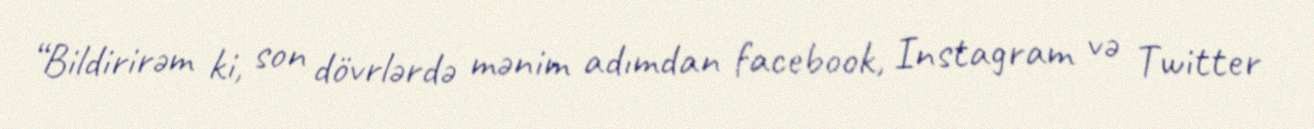
“Bildirirəm ki, son dövrlərdə mənim adımdan facebook, Instagram və Twitter